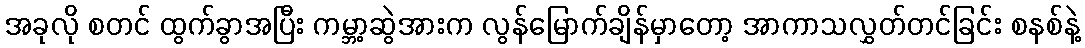
အခုလို စတင် ထွက်ခွာအပြီး ကမ္ဘာ့ဆွဲအားက လွန်မြောက်ချိန်မှာတော့ အာကာသလွှတ်တင်ခြင်း စနစ်နဲ့